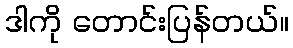
ဒါကို တောင်းပြန်တယ်။